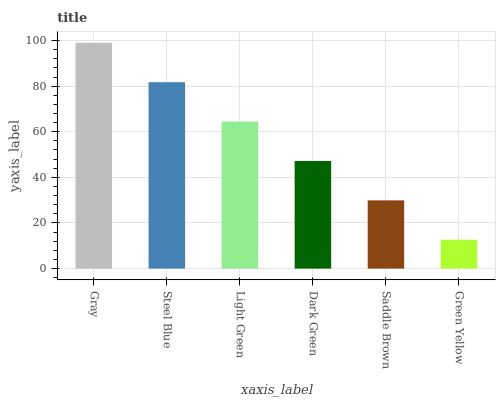
| xaxis_label | bars |
 | --- | --- |
 | Gray | 99 |
 | Steel Blue | 81.7 |
 | Light Green | 64.5 |
 | Dark Green | 47.2 |
 | Saddle Brown | 29.9 |
 | Green Yellow | 12.7 |